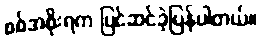
စစ်အစိုးရက ပြင်ဆင်ခဲ့ပြန်ပါတယ်။